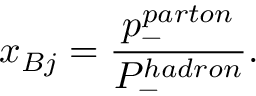
x _ { B j } = \frac { p _ { - } ^ { p a r t o n } } { P _ { - } ^ { h a d r o n } } .